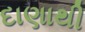
દાણાથી